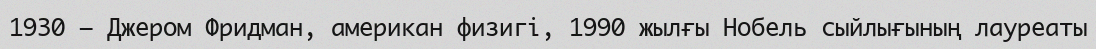
1930 — Джером Фридман, американ физигі, 1990 жылғы Нобель сыйлығының лауреаты